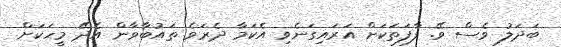
ބަދަލު ވެސް ވޭ. ފާފަތަކަށް އަރައިގަނެވި އެކަމާ ދެރަވެ ތައުބާވާން އެދޭ މީހަކަށް